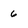
Character: 6